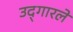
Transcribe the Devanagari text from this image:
उद्‌गारले